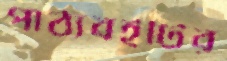
পাঠ্যবইটির